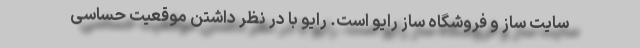
سایت ساز و فروشگاه ساز رایو است. رایو با در نظر داشتن موقعیت حساسی